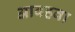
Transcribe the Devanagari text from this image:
आवहवा